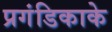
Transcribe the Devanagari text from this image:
प्रगंडिकाके